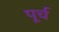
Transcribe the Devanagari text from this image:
पूर्च